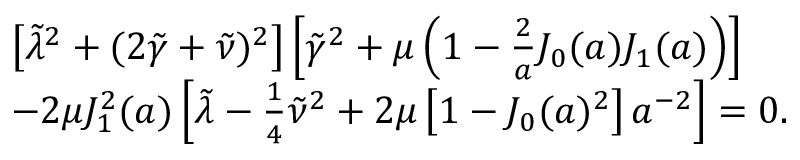
\begin{array} { r l } & { \left[ \tilde { \lambda } ^ { 2 } + ( 2 \tilde { \gamma } + \tilde { \nu } ) ^ { 2 } \right] \left[ \tilde { \gamma } ^ { 2 } + \mu \left( 1 - \frac { 2 } { a } J _ { 0 } ( a ) J _ { 1 } ( a ) \right) \right] } \\ & { - 2 \mu J _ { 1 } ^ { 2 } ( a ) \left[ \tilde { \lambda } - \frac { 1 } { 4 } \tilde { \nu } ^ { 2 } + 2 \mu \left[ 1 - J _ { 0 } ( a ) ^ { 2 } \right] a ^ { - 2 } \right] = 0 . } \end{array}